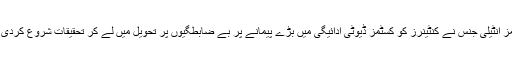
کسٹمز انٹیلی جنس نے کنٹینرز کو کسٹمز ڈیوٹی ادائیگی میں بڑے پیمانے پر بے ضابطگیوں پر تحویل میں لے کر تحقیقات شروع کردی ہیں۔